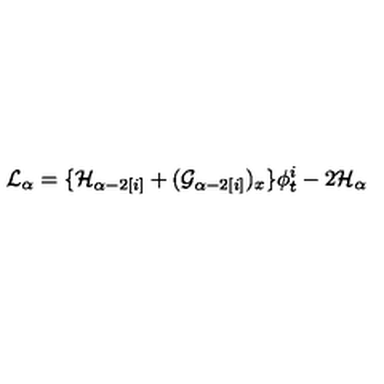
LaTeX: { \cal L } _ { \alpha } = \{ { \cal H } _ { \alpha - 2 [ i ] } + ( { \cal G } _ { \alpha - 2 [ i ] } ) _ { x } \} \phi _ { t } ^ { i } - 2 { \cal H } _ { \alpha }